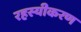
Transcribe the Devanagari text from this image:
रहस्यीकरण